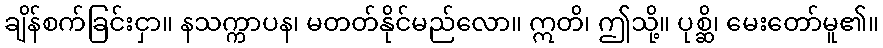
ချိန်စက်ခြင်းငှာ။ နသက္ကာပန၊ မတတ်နိုင်မည်လော။ ဣတိ၊ ဤသို့။ ပုစ္ဆိ၊ မေးတော်မူ၏။